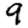
Digit: 9